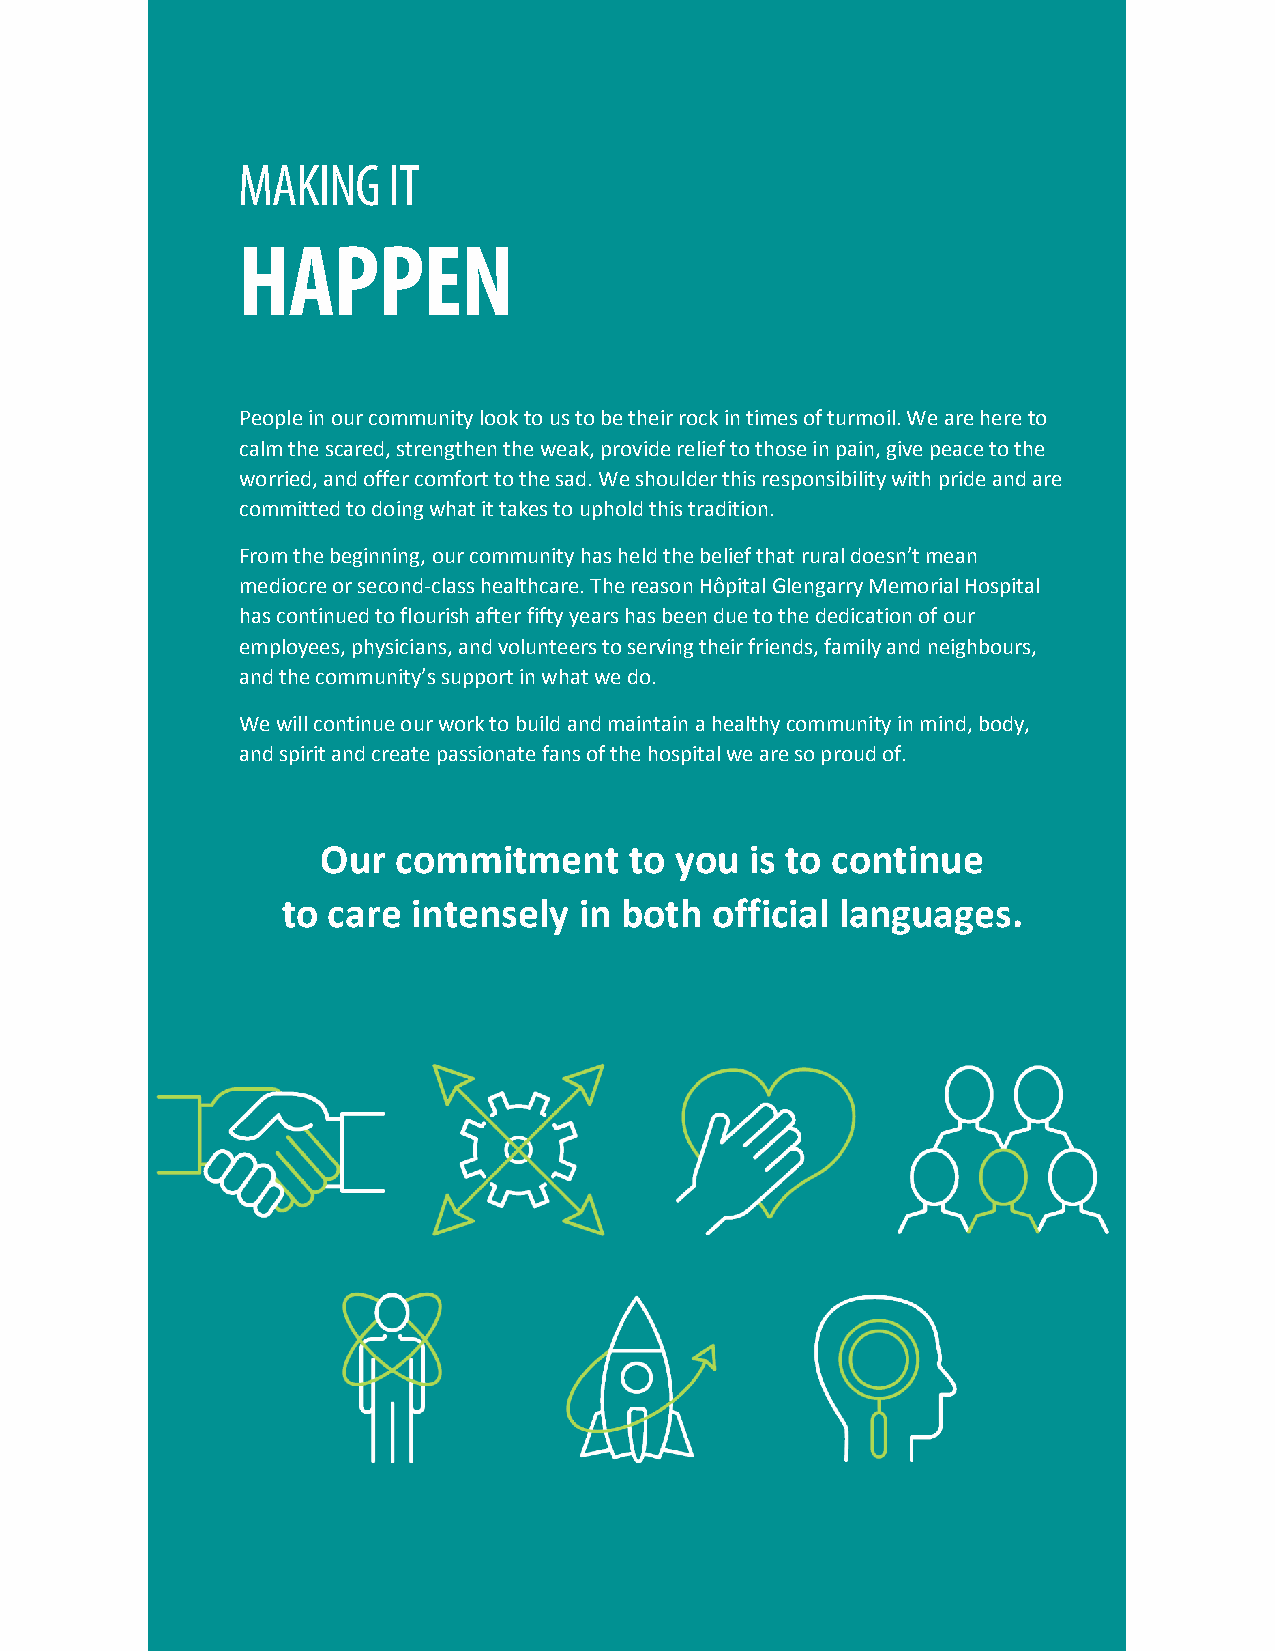
People in our community look to us to be their rock in times of turmoil. We are here to
 calm the scared, strengthen the weak, provide relief to those in pain, give peace to the
 worried, and offer comfort to the sad. We shoulder this responsibility with pride and are
 committed to doing what it takes to uphold this tradition.
 From the beginning, our community has held the belief that rural doesn’t mean
 mediocre or second-class healthcare. The reason Hôpital Glengarry Memorial Hospital
 has continued to flourish after fifty years has been due to the dedication of our
 employees, physicians, and volunteers to serving their friends, family and neighbours,
 and the community’s support in what we do.
 We will continue our work to build and maintain a healthy community in mind, body,
 and spirit and create passionate fans of the hospital we are so proud of.
 Our  commitment      to you  is to continue
 to care intensely  in both  official languages.
 January 2016 Hôpital Glengarry Memorial Hospital Strategic Plan 26